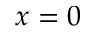
x = 0